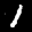
Label: 1